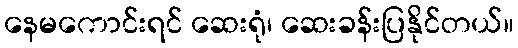
နေမကောင်းရင် ဆေးရုံ၊ ဆေးခန်းပြနိုင်တယ်။